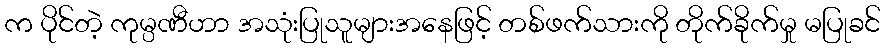
က ပိုင်တဲ့ ကုမ္ပဏီဟာ အသုံးပြုသူများအနေဖြင့် တစ်ဖက်သားကို တိုက်ခိုက်မှု မပြုခင်